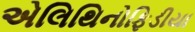
એલિથિનોફિડીયા